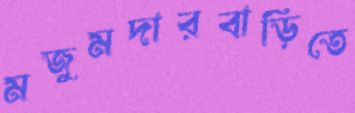
মজুমদারবাড়িতে